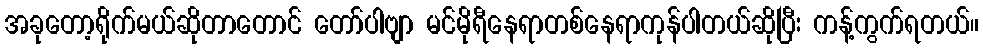
အခုတော့ရိုက်မယ်ဆိုတာတောင် တော်ပါဗျာ မင်မိုရီနေရာတစ်နေရာကုန်ပါတယ်ဆိုပြီး ကန့်ကွက်ရတယ်။